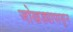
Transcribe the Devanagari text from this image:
जोखड्यापासून